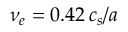
\nu _ { e } = 0 . 4 2 \, c _ { s } / a